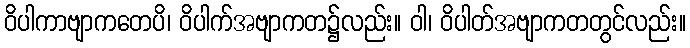
ဝိပါကာဗျာကတေပိ၊ ဝိပါက်အဗျာကတ၌လည်း။ ဝါ၊ ဝိပါတ်အဗျာကတတွင်လည်း။